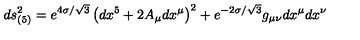
d s _ { ( 5 ) } ^ { 2 } = e ^ { 4 \sigma / \sqrt { 3 } } \left( d x ^ { 5 } + 2 A _ { \mu } d x ^ { \mu } \right) ^ { 2 } + e ^ { - 2 \sigma / \sqrt { 3 } } g _ { \mu \nu } d x ^ { \mu } d x ^ { \nu }